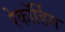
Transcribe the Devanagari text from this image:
रेकॉर्डिग